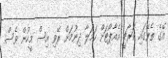
އޭގެ ތެރޭގައި ކަރާޗީ އެއާޕޯޓަށް ހަމަލާ ދިނުމަށް ރޭވި އިސް މީހުން ވެސް